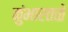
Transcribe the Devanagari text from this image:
कुंभारतळे